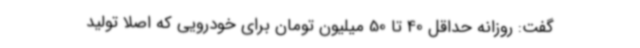
گفت: روزانه حداقل 40 تا 50 میلیون تومان برای خودرویی که اصلا تولید